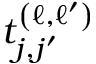
t _ { j , j ^ { \prime } } ^ { \left( \ell , \ell ^ { \prime } \right) }